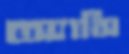
অ্যাসি